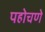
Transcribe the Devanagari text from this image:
पहोचणे